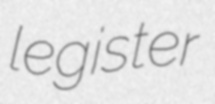
legister